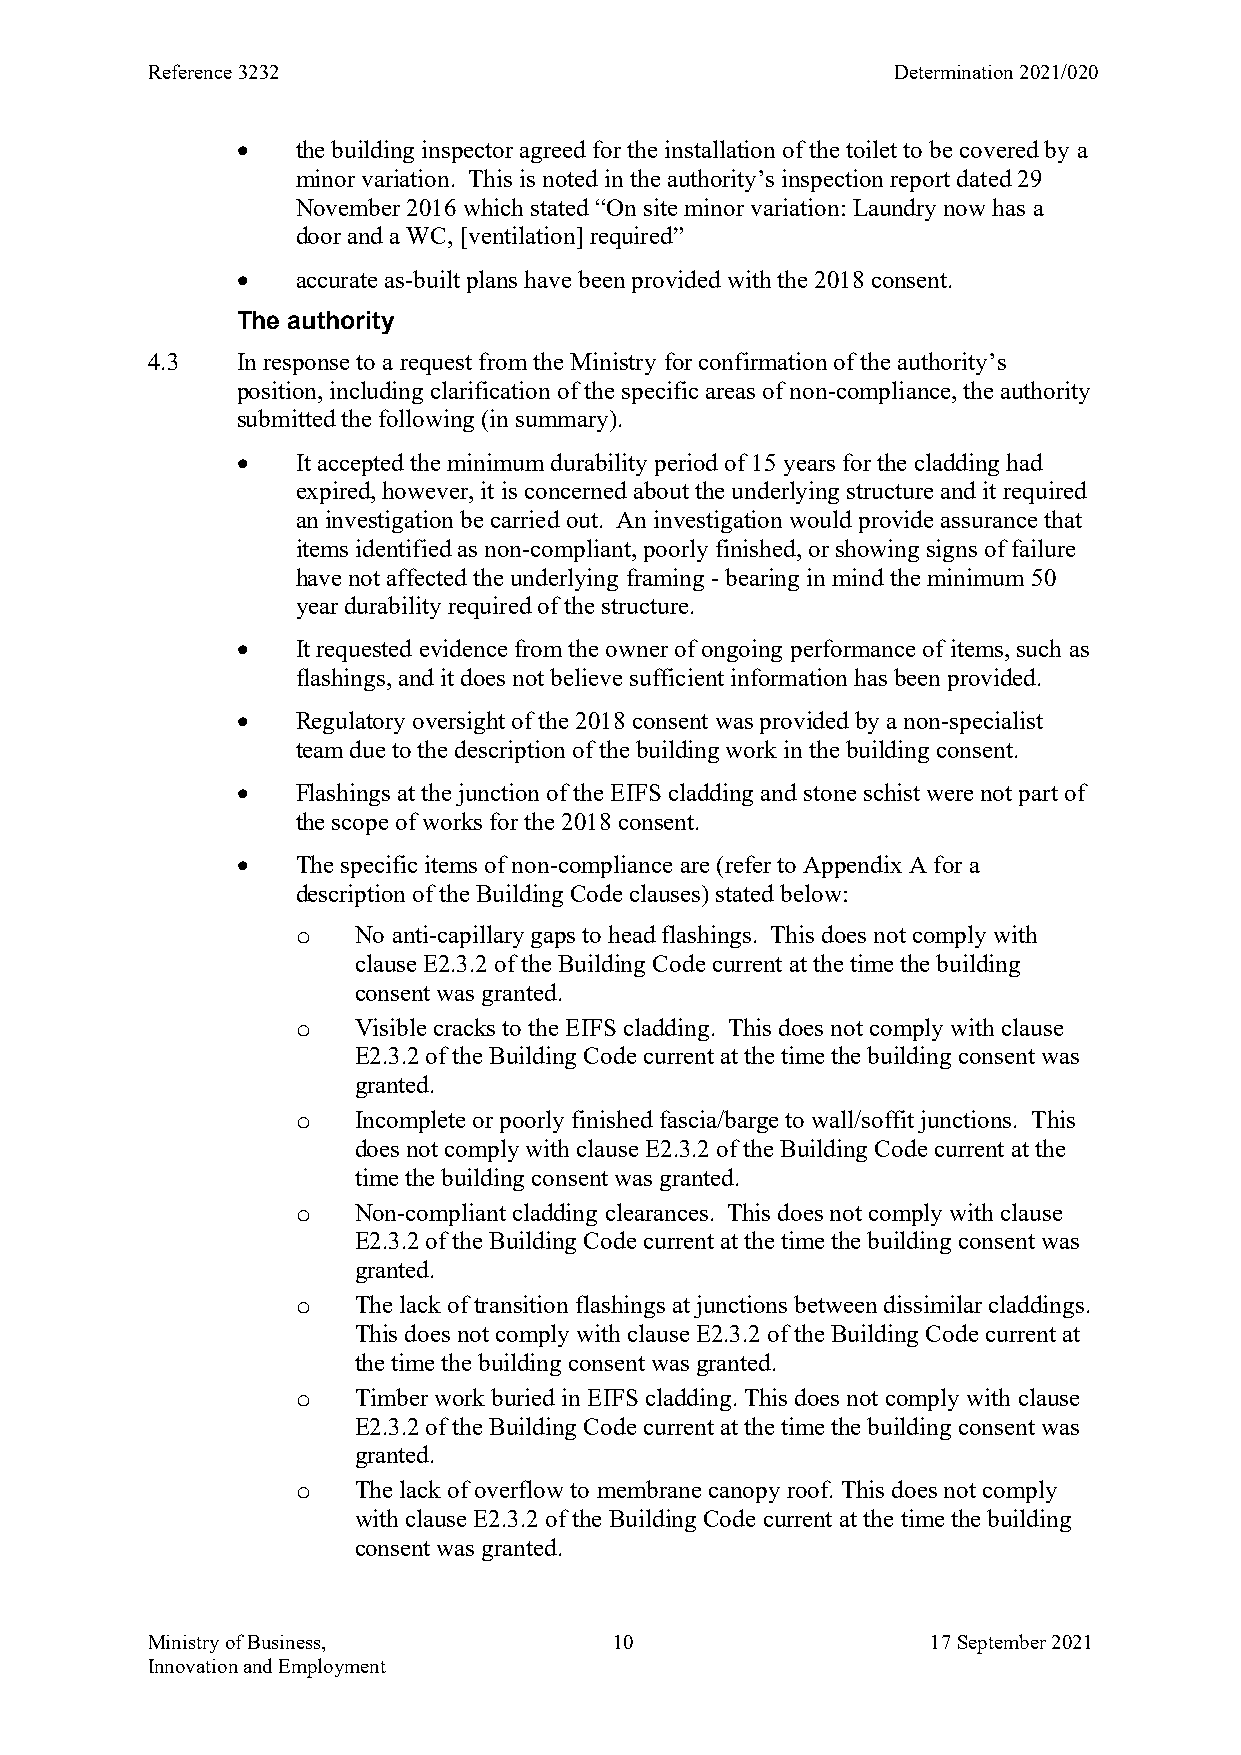
Reference 3232                                   Determination 2021/020
    the building inspector agreed for the installation of the toilet to be covered by a
 minor variation. This is noted in the authority’s inspection report dated 29
 November 2016 which stated “On site minor variation: Laundry now has a
 door and a WC, [ventilation] required”
    accurate as-built plans have been provided with the 2018 consent.
 The authority
 4.3   In response to a request from the Ministry for confirmation of the authority’s
 position, including clarification of the specific areas of non-compliance, the authority
 submitted the following (in summary).
    It accepted the minimum durability period of 15 years for the cladding had
 expired, however, it is concerned about the underlying structure and it required
 an investigation be carried out. An investigation would provide assurance that
 items identified as non-compliant, poorly finished, or showing signs of failure
 have not affected the underlying framing - bearing in mind the minimum 50
 year durability required of the structure.
    It requested evidence from the owner of ongoing performance of items, such as
 flashings, and it does not believe sufficient information has been provided.
    Regulatory oversight of the 2018 consent was provided by a non-specialist
 team due to the description of the building work in the building consent.
    Flashings at the junction of the EIFS cladding and stone schist were not part of
 the scope of works for the 2018 consent.
    The specific items of non-compliance are (refer to Appendix A for a
 description of the Building Code clauses) stated below:
 o  No anti-capillary gaps to head flashings. This does not comply with
 clause E2.3.2 of the Building Code current at the time the building
 consent was granted.
 o  Visible cracks to the EIFS cladding. This does not comply with clause
 E2.3.2 of the Building Code current at the time the building consent was
 granted.
 o  Incomplete or poorly finished fascia/barge to wall/soffit junctions. This
 does not comply with clause E2.3.2 of the Building Code current at the
 time the building consent was granted.
 o  Non-compliant cladding clearances. This does not comply with clause
 E2.3.2 of the Building Code current at the time the building consent was
 granted.
 o  The lack of transition flashings at junctions between dissimilar claddings.
 This does not comply with clause E2.3.2 of the Building Code current at
 the time the building consent was granted.
 o  Timber work buried in EIFS cladding. This does not comply with clause
 E2.3.2 of the Building Code current at the time the building consent was
 granted.
 o  The lack of overflow to membrane canopy roof. This does not comply
 with clause E2.3.2 of the Building Code current at the time the building
 consent was granted.
 Ministry of Business,          10                   17 September 2021
 Innovation and Employment